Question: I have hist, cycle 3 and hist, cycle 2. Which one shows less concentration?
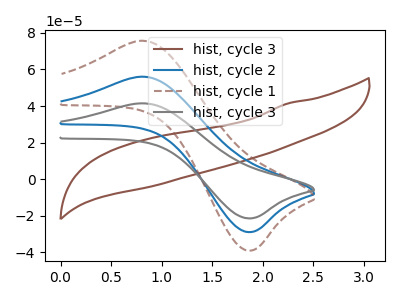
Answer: <think>The brown curve "hist, cycle 3" has no peaks. The blue curve "hist, cycle 2" has an anodic peak at (0.85V, 55.95uA) and a cathodic peak at (1.90V, -28.85uA). The brown dashed curve "hist, cycle 1" has an anodic peak at (0.85V, 111.95uA) and a cathodic peak at (1.90V, -57.75uA). The gray curve "hist, cycle 3" has an anodic peak at (0.85V, 41.45uA) and a cathodic peak at (1.90V, -21.35uA).
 All the peaks in "hist, cycle 3" have a peak in "hist, cycle 2" at the same potential. Every peak in "hist, cycle 3" is lower than every peak in "hist, cycle 2".</think>
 <answer>"hist, cycle 3" has less signal than "hist, cycle 2" and so likely has a lower concentration.</answer>
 <eval>less_concentration</eval>